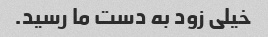
خیلی زود به دست ما رسید.